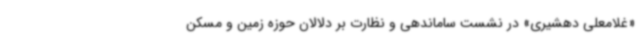
«غلامعلی دهشیری» در نشست ساماندهی و نظارت بر دلالان حوزه زمین و مسکن